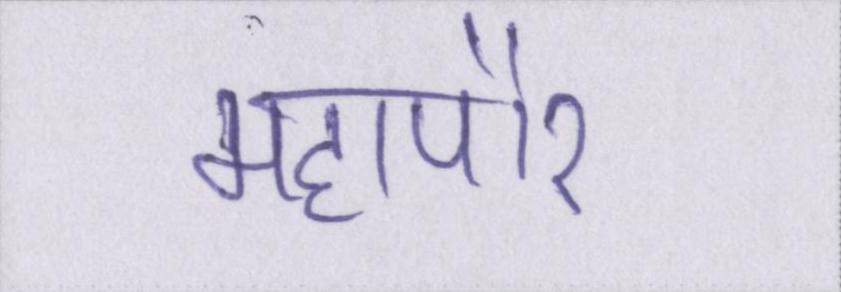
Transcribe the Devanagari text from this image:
महापौर